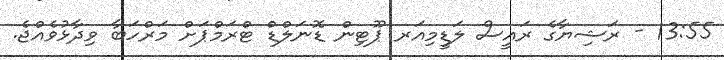
13:55 - ރަޝިޔާގެ ރައީސް ލަޑީމިއަރ ޕޫޓިން ޑޮނަލްޑް ޓްރަމްޕަށް މަރްހަބާ ވިދާޅުވެއްޖެ.